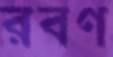
রবণ